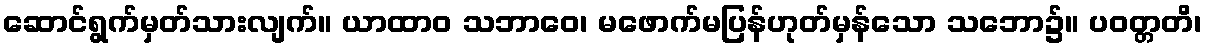
ဆောင်ရွက်မှတ်သားလျက်။ ယာထာဝ သဘာဝေ၊ မဖောက်မပြန်ဟုတ်မှန်သော သဘော၌။ ပဝတ္တတိ၊